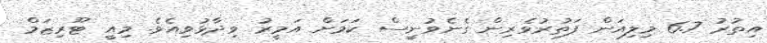
އިތުރު 6.7 މިލިއަން ފަތުރުވެރިން ގެނެވުނީސް ކަމަށް އަމީރު ވިދާޅުވިއެވެ. މިއީ ޓޫރިޒަމް